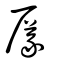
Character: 㕒